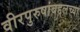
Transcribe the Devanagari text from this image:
वीरपुरुषांबद्दलच्या